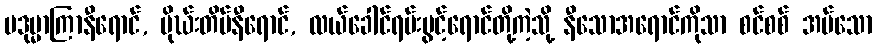
ပဒုမ္မာကြာနီရောင်, မိုဃ်းတိမ်နီရောင်, လယ်ခေါင်ရမ်းပွင့်ရောင်တို့ကဲ့သို့ နီသောအရောင်ကိုသာ စင်စစ် အပ်သော